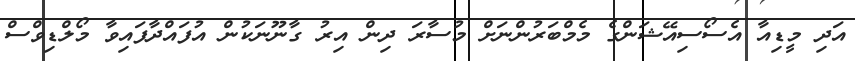
އަދި މީޑިއާ އެސޯސިއޭޝަންގެ މެމްބަރުންނަށް މުސާރަ ދިން އިރު ގާނޫނަކުން އުފައްދާފައިވާ މޯލްޑިވްސް